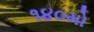
૧૪૦મો